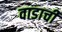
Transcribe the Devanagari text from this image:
वाडाची